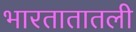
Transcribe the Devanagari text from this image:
भारतातातली